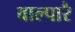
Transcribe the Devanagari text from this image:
वाल्पारै